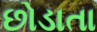
છોડાતા